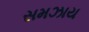
સમઝાય